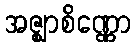
အဇ္ဈာစိဏ္ဏော